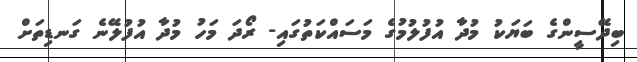
ބިދޭސީންގެ ބަޔަކު މުދާ އުފުލުމުގެ މަސައްކަތުގައި- ރޯދަ މަހު މުދާ އުފުލޭނެ ގަނޑިތަށް